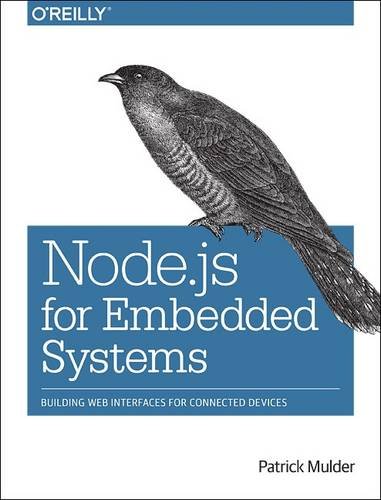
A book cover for Node.js for Embedded Systems; Patrick Mulder; Computers & Technology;